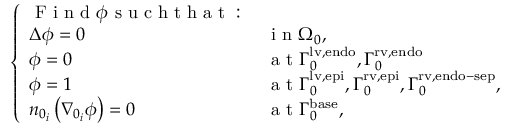
\left\{ \begin{array} { l l } { \mathrm { ~ F ~ i ~ n ~ d ~ } \phi \mathrm { ~ s ~ u ~ c ~ h ~ t ~ h ~ a ~ t ~ : ~ } } & { } \\ { \Delta \phi = 0 } & { \mathrm { ~ i ~ n ~ } { \Omega } _ { 0 } , } \\ { \phi = 0 } & { \mathrm { ~ a ~ t ~ } { \Gamma } _ { 0 } ^ { \mathrm { { l v , e n d o } } } , { \Gamma } _ { 0 } ^ { \mathrm { { r v , e n d o } } } } \\ { \phi = 1 } & { \mathrm { ~ a ~ t ~ } { \Gamma } _ { 0 } ^ { \mathrm { { l v , e p i } } } , { \Gamma } _ { 0 } ^ { \mathrm { { r v , e p i } } } , { \Gamma } _ { 0 } ^ { \mathrm { { r v , e n d o - s e p } } } , } \\ { n _ { 0 _ { i } } \left( \nabla _ { 0 _ { i } } \phi \right) = 0 } & { \mathrm { ~ a ~ t ~ } { \Gamma } _ { 0 } ^ { \mathrm { { b a s e } } } , } \end{array} \right.